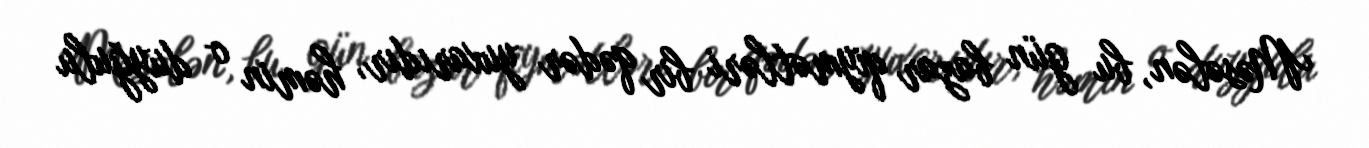
Məsələn, bu gün bazar qiymətləri bir qədər yuxarıdır, həmin o duyğulu